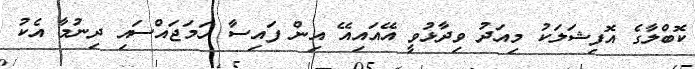
ކޮބްލާގެ އޮފިޝަލަކު މިއަދު ވިދާޅުވީ އޭއައިއޭ އިން ފައިސާ ހަމަޖައްސައި ދިނުމާ އެކު